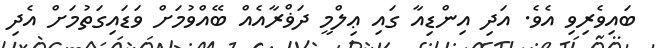
ބައިވެރިވި އެވެ. އަދި އިންޑިއާ ގައި ޢިލްމީ ދަޥްރާއެއް ބޭއްވުމަށް ވަޑައިގަތުމަށް އެދި